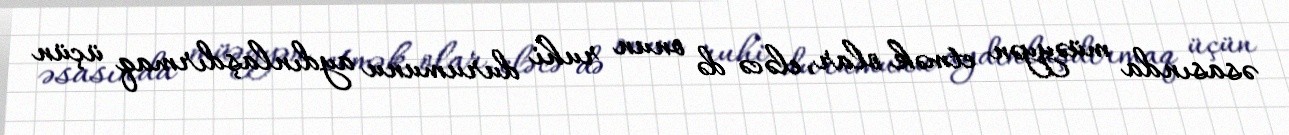
əsasında müəyyən etmək olar, eləcə də onun ruhi durumunu aydınlaşdırmaq üçün